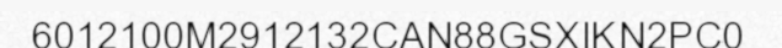
6012100M2912132CAN88GSXIKN2PC0